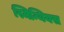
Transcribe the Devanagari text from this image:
स्मिन्थियस